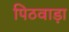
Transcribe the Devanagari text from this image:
पिठवाड़ा